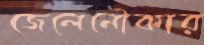
জেলেনৌকার